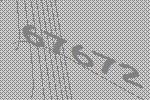
67672